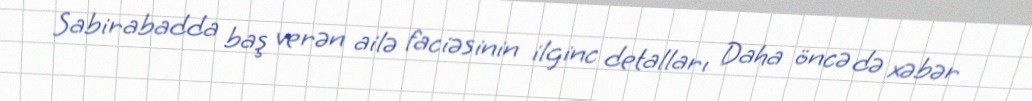
Sabirabadda baş verən ailə faciəsinin ilginc detalları Daha öncə də xəbər